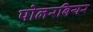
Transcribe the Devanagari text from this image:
पोलरबियर